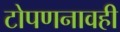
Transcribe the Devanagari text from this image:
टोपणनावही